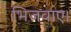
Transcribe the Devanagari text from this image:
भिजवाए।